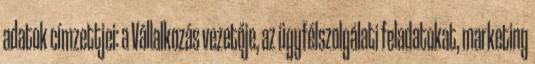
adatok címzettjei: a Vállalkozás vezetője, az ügyfélszolgálati feladatokat, marketing